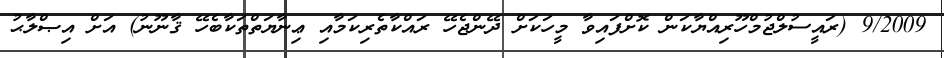
9/2009 (ރައީސުލްޖުމްހޫރިއްޔާކަން ކޮށްފައިވާ މީހަކަށް ދޭންޖެހޭ ރައްކާތެރިކަމާއި ޢިނާޔަތްތަކާބެހޭ ޤާނޫނު) އަށް އިޞްލާޙު